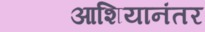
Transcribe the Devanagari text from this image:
आशियानंतर